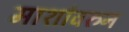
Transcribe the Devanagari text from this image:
माशांवरुन